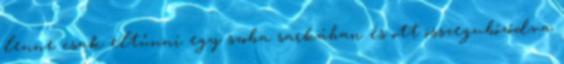
lenne csak eltűnni egy szoba sarkában és ott összegubózódva